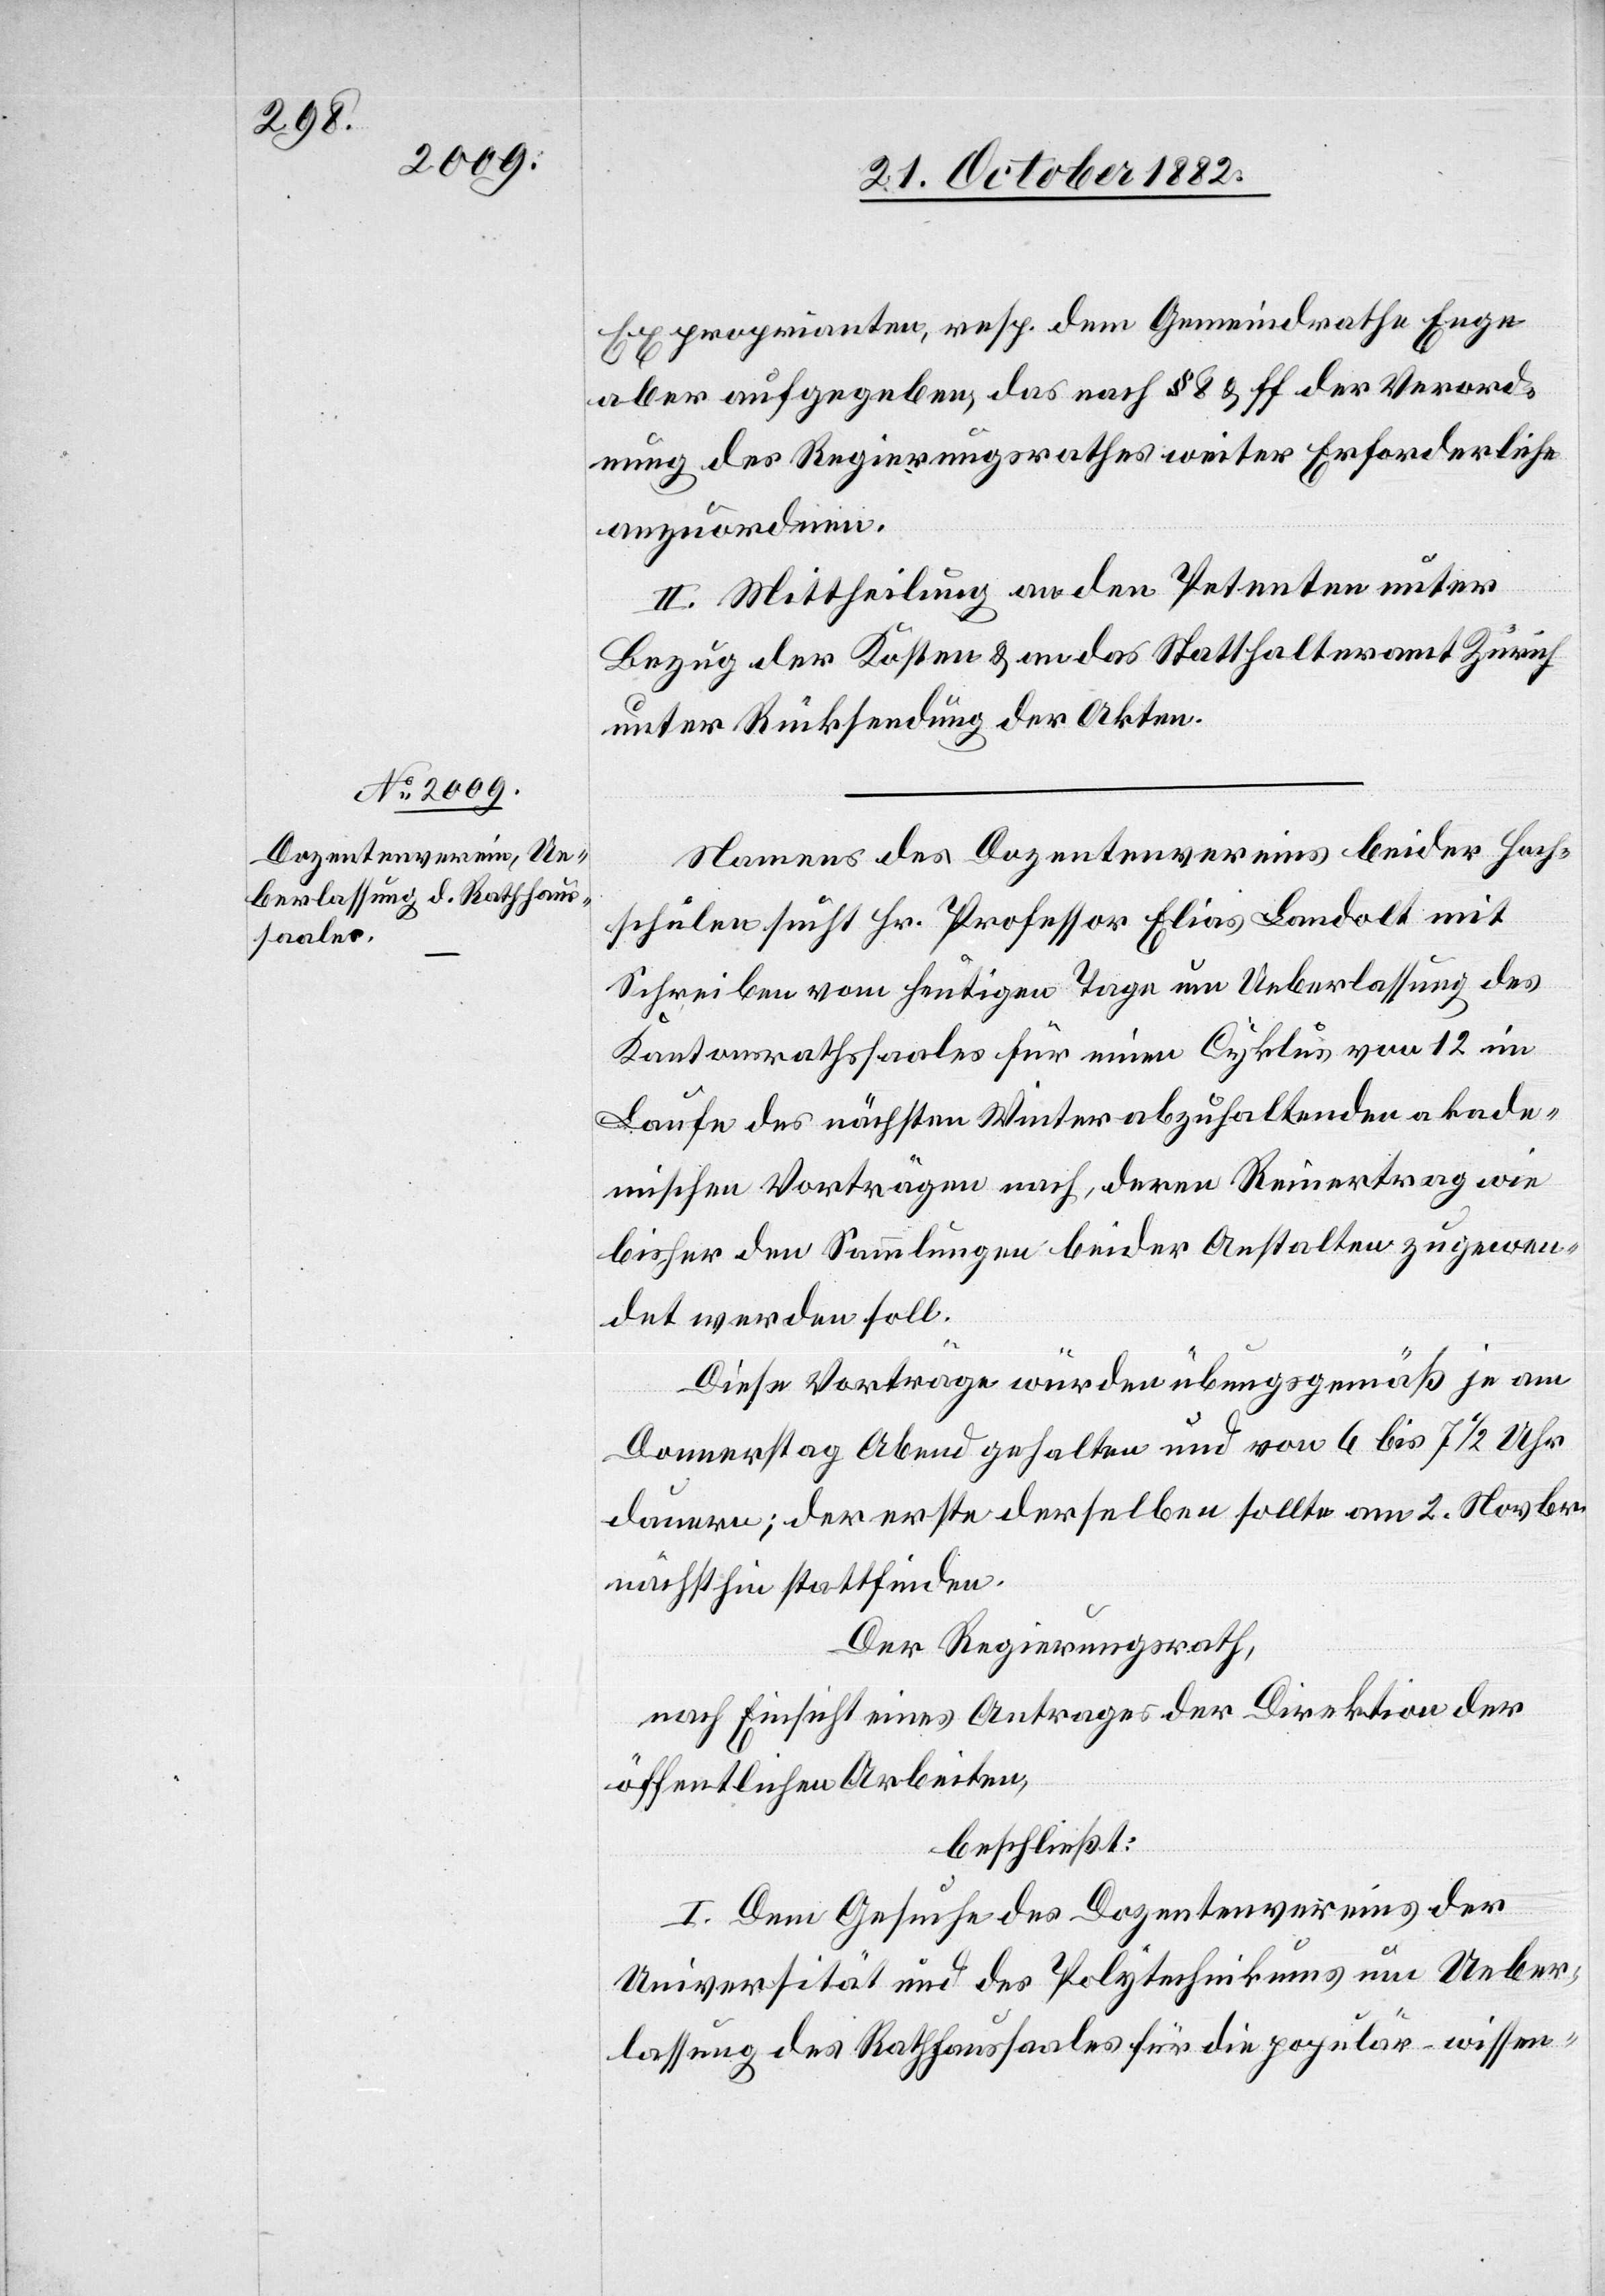
Exproprianten, resp. dem Gemeindrathe Enge
aber aufgegeben, das nach § 8 & ff der Verord¬
nung des Regierungsrathes weiter Erforderliche
anzuordnen.
II. Mittheilung an den Petenten unter
Bezug der Kosten & an das Statthalteramt Zürich
unter Rücksendung der Akten.
Namens des Dozentenvereins beider Hoch¬
schulen sucht Hr. Professor Elias Landolt mit
Schreiben vom heutigen Tage um Ueberlassung des
Kantonsrathssaales für einen Cyklus von 12 im
Laufe des nächsten Winter abzuhaltenden akade¬
mischen Vorträgen nach, deren Reinertrag wie
bisher den Sammlungen beider Anstalten zugewen¬
det werden soll.
Diese Vorträge würden übungsgemäß je am
Donnerstag Abend gehalten und von 6 bis 7 1/2 Uhr
dauern; der erste derselben sollte am 2. Novbr.
nächsthin stattfinden.
Der Regierungsrath,
nach Einsicht eines Antrages der Direktion der
öffentlichen Arbeiten,
beschließt:
I. Dem Gesuche des Dozentenvereines der
Universität und des Polytechnikums um Ueber¬
lassung des Rathhaussaales für die populär-wissen-